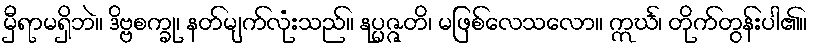
မှီရာမရှိဘဲ။ ဒိဗ္ဗစက္ခု၊ နတ်မျက်လုံးသည်။ နုပ္ပဇ္ဇတိ၊ မဖြစ်လေသလော။ ဣင်္ဃ၊ တိုက်တွန်းပါ၏။